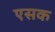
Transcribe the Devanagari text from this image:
एसक